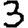
Digit: 3